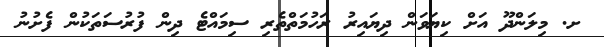
ށ. މިލަންދޫ އަށް ކިޔަވަން ދިޔައިރު ރަހުމަތްތެރި ސިމައްޓެ ދިން ފުރުސަތަކުން ފެށުނު